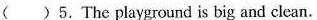
( )5.The playground is big and clean.